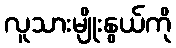
လူသားမျိုးနွယ်ကို